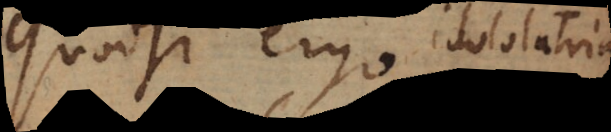
Quodsi ergo idololatria